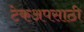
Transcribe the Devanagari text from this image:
टेकअपसाठी